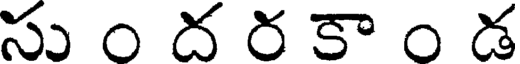
సు ం ద ర కా ం డ